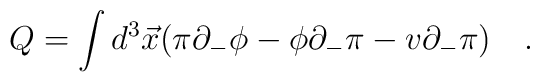
Q=\int d^3 \vec{x}( \pi\partial_{-}\phi-\phi\partial_{-}\pi-v\partial_{-}\pi) \quad.